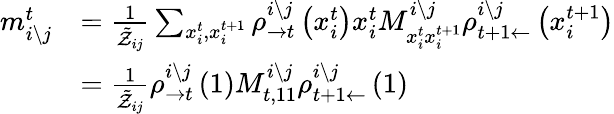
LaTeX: \begin{array}{rl}{m_{i\setminus j}^{t}}&{=\frac{1}{\tilde{\mathcal{Z}}_{ij}}\sum_{x_{i}^{t},x_{i}^{t+1}}\rho_{\rightarrow t}^{i\setminus j}\left(x_{i}^{t}\right)x_{i}^{t}M_{x_{i}^{t}x_{i}^{t+1}}^{i\setminus j}\rho_{t+1\leftarrow}^{i\setminus j}\left(x_{i}^{t+1}\right)}\\ &{=\frac{1}{\tilde{\mathcal{Z}}_{ij}}\rho_{\rightarrow t}^{i\setminus j}\left(1\right)M_{t,11}^{i\setminus j}\rho_{t+1\leftarrow}^{i\setminus j}\left(1\right)}\end{array}